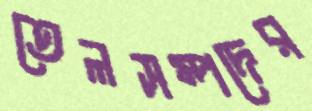
তেলসম্পদের